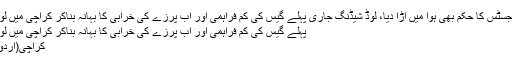
کے الیکٹرک نے چیف جسٹس کا حکم بھی ہوا میں اڑا دیا، لوڈ شیڈنگ جاری ْپہلے گیس کی کم فراہمی اور اب پرزے کی خرابی کا بہانہ بناکر کراچی میں لوڈشیڈنگ کی جارہی ہے
ْپہلے گیس کی کم فراہمی اور اب پرزے کی خرابی کا بہانہ بناکر کراچی میں لوڈشیڈنگ کی جارہی ہے
کراچی(اُردو پوائنٹ اخبارتازہ ترین۔